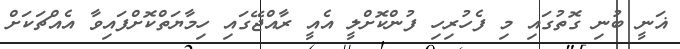
ޣަނީ ބުނި ގޮތުގައި މި ފެހުރިހި ފުންކޮށްލީ އެއީ ރާއްޖޭގައި ހިމާޔަތްކޮށްފައިވާ އެއްޗަކަށް